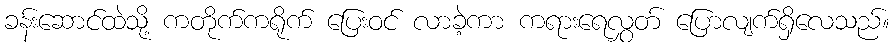
ခန်းဆောင်ထဲသို့ ကတိုက်ကရိုက် ပြေးဝင် လာခဲ့ကာ ကရားရေလွှတ် ပြောလျက်ရှိလေသည်။